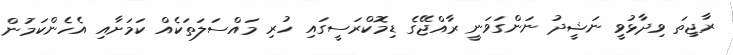
ރާޖިތަ ވިދާޅުވީ ނަޝީދު ނަންގަވަނީ ރާއްޖޭގެ ޑިމޮކްރަސީގައި ހުރި މައްސަލަތަކެއް ކަމަށާއި އެހެންކަމުން